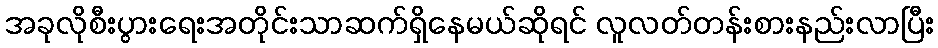
အခုလိုစီးပွားရေးအတိုင်းသာဆက်ရှိနေမယ်ဆိုရင် လူလတ်တန်းစားနည်းလာပြီး